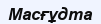
Масғұдта